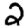
Digit: 2